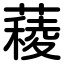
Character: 薐